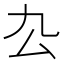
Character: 厹